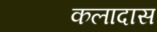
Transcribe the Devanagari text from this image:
कलादास